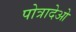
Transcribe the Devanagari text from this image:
पोत्रादेओ